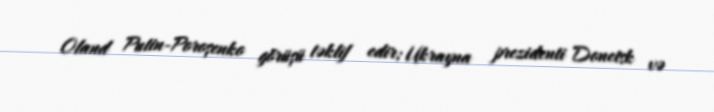
Oland Putin-Poroşenko görüşü təklif edir; Ukrayna prezidenti Donetsk və